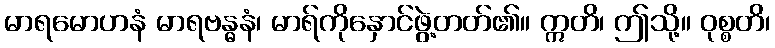
မာရမောဟနံ မာရဗန္ဓနံ၊ မာရ်ကိုနှောင်ဖွဲ့တတ်၏။ ဣတိ၊ ဤသို့။ ဝုစ္စတိ၊